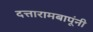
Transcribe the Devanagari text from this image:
दत्तारामबापूंनी